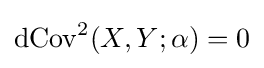
\operatorname {dCov} ^{2}(X,Y;\alpha )=0